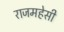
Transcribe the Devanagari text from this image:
राजमहेसी